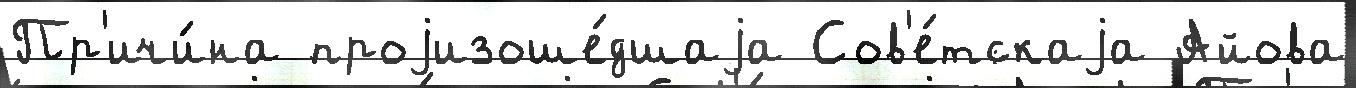
Пр'ичи́на проjизоше́дшаjа Сов'е́тскаjа Айова